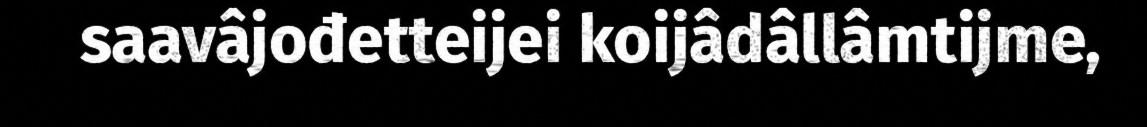
saavâjođetteijei koijâdâllâmtijme,